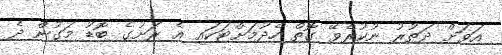
އަވަށް ދަތުރު ނުކުރެވޭ ގޮތް ހެދުމަށްޓަކައި އެ ރަށުގެ ބޮޑު މަގުން ދެ